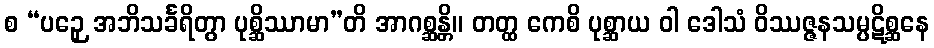
စ “ပဉှေ အဘိသင်္ခရိတွာ ပုစ္ဆိဿာမာ”တိ အာဂစ္ဆန္တိ။ တတ္ထ ကေစိ ပုစ္ဆာယ ဝါ ဒေါသံ ဝိဿဇ္ဇနသမ္ပဋိစ္ဆနေ